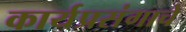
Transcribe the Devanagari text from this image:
कार्यप्रसंगाचे